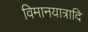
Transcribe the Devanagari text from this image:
विमानयात्रादि